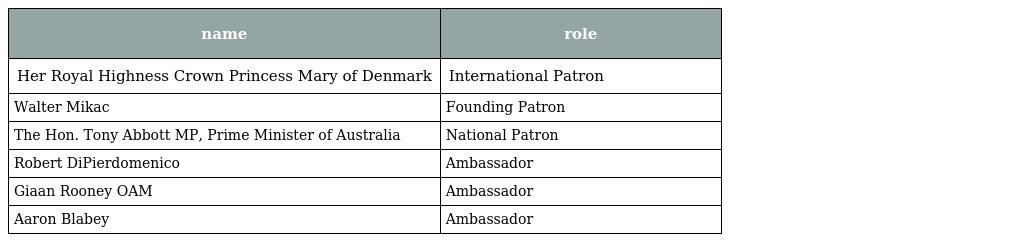
| name | role |
 | --- | --- |
 | Her Royal Highness Crown Princess Mary of Denmark | International Patron |
 | Walter Mikac | Founding Patron |
 | The Hon. Tony Abbott MP, Prime Minister of Australia | National Patron |
 | Robert DiPierdomenico | Ambassador |
 | Giaan Rooney OAM | Ambassador |
 | Aaron Blabey | Ambassador |